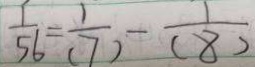
\frac { 1 } { 5 6 } = \frac { 1 } { ( 7 ) } - \frac { 1 } { ( 8 ) }